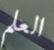
العلم